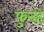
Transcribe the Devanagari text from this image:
फुनहे